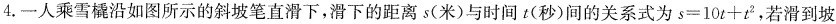
4.一人乘雪橇沿如图所示的斜坡笔直滑下，滑下的距离s(米)与时间t(秒)间的关系式为$$s=10t+t^{2}$$，若滑到坡